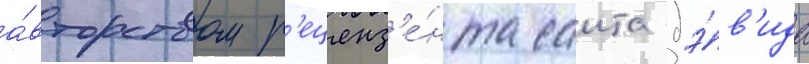
а́вторством р'еценз'е́нта саита дэ́в'ида